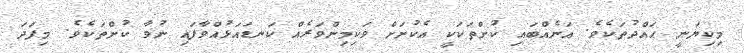
މިކިޔަނީ ޙައްދުތަކެވެ. އަނެއްބައި ކުށްތަކަކީ އެކުށަށް ވަކިމިންވަރެއް ކަނޑައަޅުއްވާފައި ނުވާ ކުށްތަކެވެ. މިފަދަ